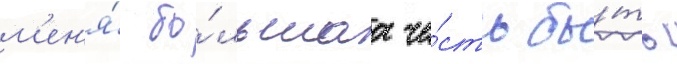
м'ен'я́ бо́льшаа че́сть бы́ть